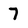
Character: 7